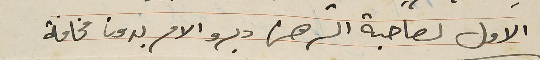
الاول لصاحبة الرهن دبرو الامر بدون مخافة